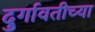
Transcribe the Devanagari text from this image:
दुर्गावतीच्या